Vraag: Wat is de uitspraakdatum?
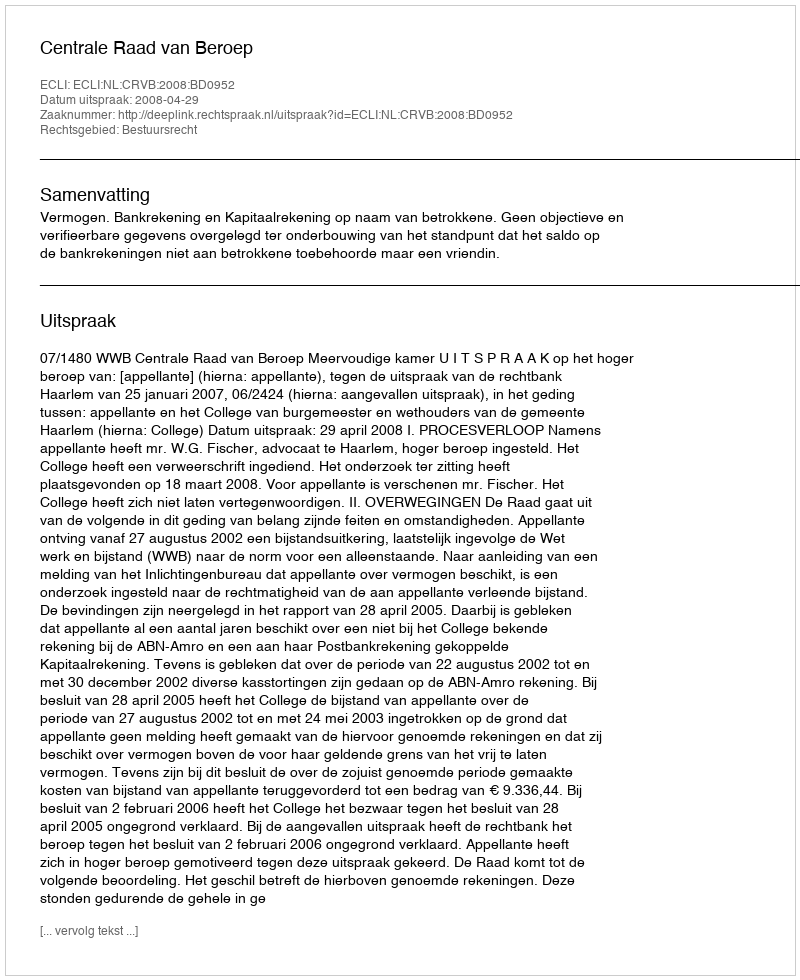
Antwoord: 2008-04-29